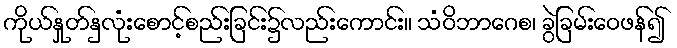
ကိုယ်နှုတ်နှလုံးစောင့်စည်းခြင်း၌လည်းကောင်း။ သံဝိဘာဂေစ၊ ခွဲခြမ်းဝေဖန်၍